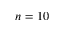
n = 1 0